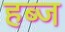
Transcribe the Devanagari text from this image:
हब्ज